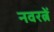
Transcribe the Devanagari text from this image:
नवरत्नें